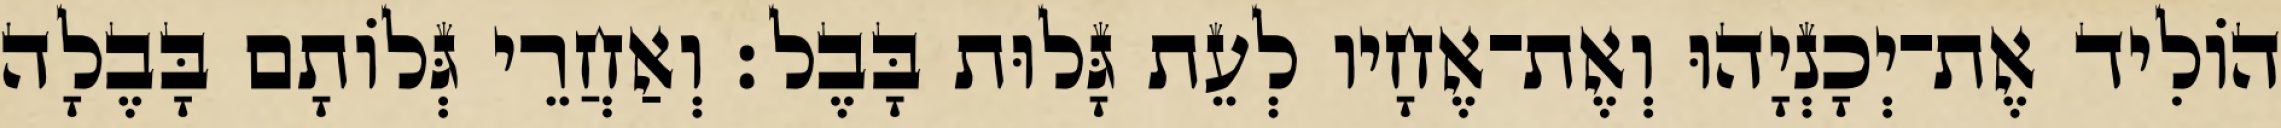
הוֹלִיד אֶת־יְכָנְיָהוּ וְאֶת־אֶחָיו לְעֵת גָּלוּת בָּבֶל׃ וְאַחֲרֵי גְּלוֹתָם בָּבֶלָה